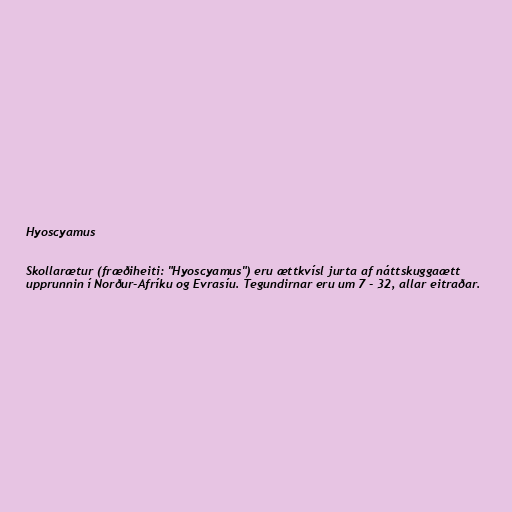
Hyoscyamus

Skollarætur (fræðiheiti: "Hyoscyamus") eru ættkvísl jurta af náttskuggaætt
upprunnin í Norður-Afríku og Evrasíu. Tegundirnar eru um 7 - 32, allar eitraðar.